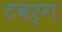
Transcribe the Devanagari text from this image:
टवर्ग